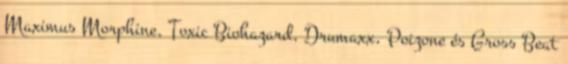
Maximus Morphine, Toxic Biohazard, Drumaxx, Poizone és Gross Beat